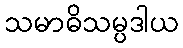
သမာဓိသမ္ပဒါယ